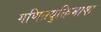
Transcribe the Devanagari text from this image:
गणितयुक्तिभाषा